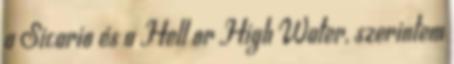
a Sicario és a Hell or High Water, szerintem